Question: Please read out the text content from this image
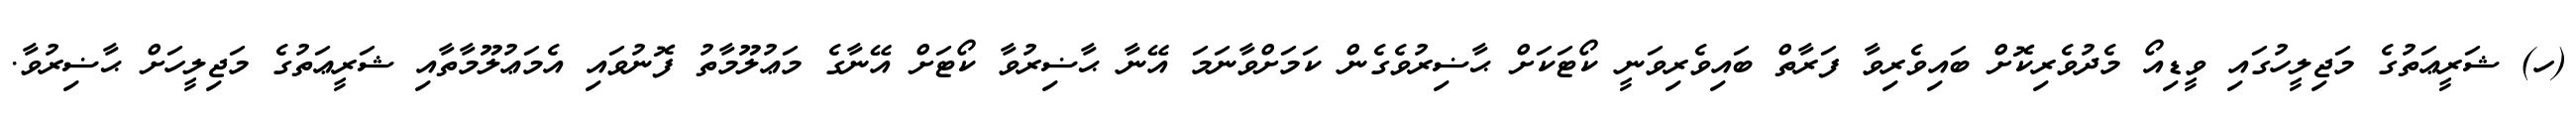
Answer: (ހ) ޝަރީޢަތުގެ މަޖިލީހުގައި ވީޑިއޯ މެދުވެރިކޮށް ބައިވެރިވާ ފަރާތް ބައިވެރިވަނީ ކޯޓަކަށް ޙާޟިރުވެގެން ކަމަށްވާނަމަ އޭނާ ޙާޟިރުވާ ކޯޓަށް އޭނާގެ މަޢުލޫމާތު ފޮނުވައި އެމަޢުލޫމާތާއި ޝަރީޢަތުގެ މަޖިލީހަށް ޙާޟިރުވާ.